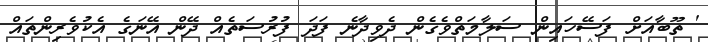
' ތޫބާއަށް ފަސޭހައިން ސަލާމަތްވެގެން ދެވިދާނެ ފަދަ ފުރުސަތެއް ދޭން އޭނަގެ އެކުވެރިންތައް